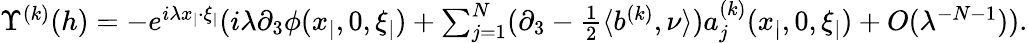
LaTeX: \begin{array}{r}{\Upsilon^{(k)}(h)=-e^{i\lambda x_{|}\cdot\xi_{|}}(i\lambda\partial_{3}\phi(x_{|},0,\xi_{|})+\sum_{j=1}^{N}(\partial_{3}-\frac{1}{2}\langle b^{(k)},\nu\rangle)a_{j}^{(k)}(x_{|},0,\xi_{|})+O(\lambda^{-N-1})).}\end{array}